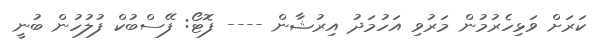
ކަރަށް ވަޅިހެރުމުން މަރުވި އަހުމަދު އިރުޝާން ---- ފޮޓޯ: ފޭސްބުކް ފުލުހުން ބުނީ